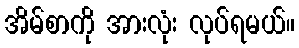
အိမ်စာကို အားလုံး လုပ်ရမယ်။